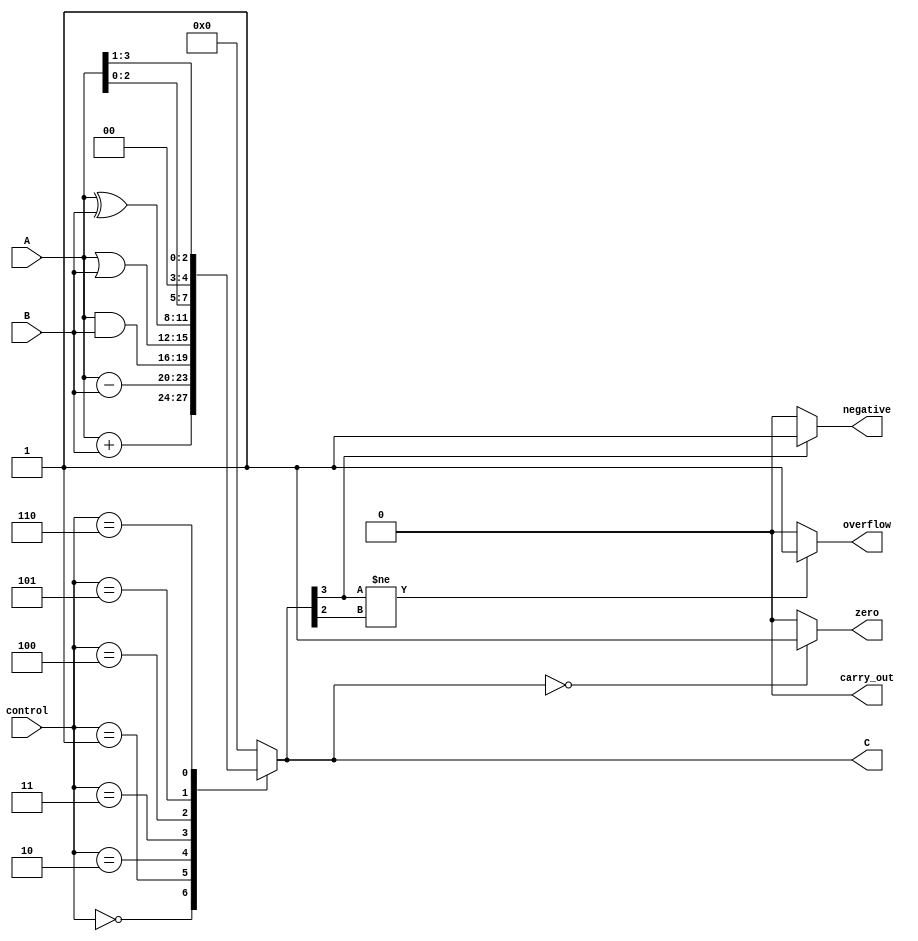
module ALU(
    input [3:0] A,
    input [3:0] B,
    input [2:0] control,
    output reg [3:0] C,
    output reg carry_out,
    output reg overflow,
    output reg zero,
    output reg negative
);

always @(*) begin
    case(control)
        3'b000: C = A + B; // Addition
        3'b001: C = A - B; // Subtraction
        3'b010: C = A & B; // AND
        3'b011: C = A | B; // OR
        3'b100: C = A ^ B; // XOR
        3'b101: C = A << 1; // Shift left
        3'b110: C = A >> 1; // Shift right
        default: C = 4'b0; // Default case
    endcase
end

// Status flags logic
always @(*) begin
    carry_out = (C[4] == 1) ? 1 : 0; // Carry-out flag
    overflow = (C[3] != C[2]) ? 1 : 0; // Overflow flag
    zero = (C == 0) ? 1 : 0; // Zero flag
    negative = (C[3] == 1) ? 1 : 0; // Negative flag
end

endmodule